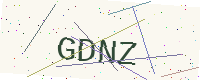
Text: GDNZ